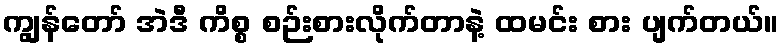
ကျွန်တော် အဲဒီ ကိစ္စ စဉ်းစားလိုက်တာနဲ့ ထမင်း စား ပျက်တယ်။